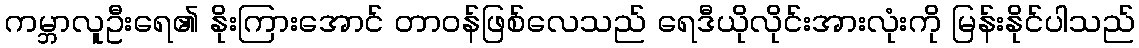
ကမ္ဘာလူဦးရေ၏ နိုးကြားအောင် တာဝန်ဖြစ်လေသည် ရေဒီယိုလိုင်းအားလုံးကို မြန်းနိုင်ပါသည်